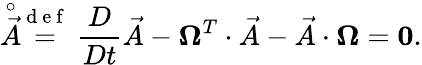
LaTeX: \stackrel{\circ}{\vec{A}}\stackrel{\mathrm{~d~e~f~}}{=}\frac{D}{Dt}\vec{A}-\boldsymbol{\Omega}^{T}\cdot\vec{A}-\vec{A}\cdot\boldsymbol{\Omega}=\boldsymbol{0}.